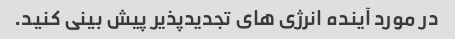
در مورد آینده انرژی های تجدیدپذیر پیش بینی کنید.